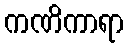
ကဏိကာရာ